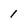
Character: 1